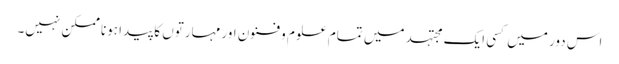
اس دور میں کسی ایک مجتہد میں تمام علوم و فنون اور مہارتوں کا پیدا ہونا ممکن نہیں۔